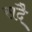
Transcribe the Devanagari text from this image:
सदै